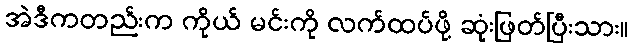
အဲဒီကတည်းက ကိုယ် မင်းကို လက်ထပ်ဖို့ ဆုံးဖြတ်ပြီးသား။